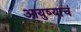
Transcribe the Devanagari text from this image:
आयुष्याचं